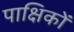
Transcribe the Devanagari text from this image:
पाक्षिकों